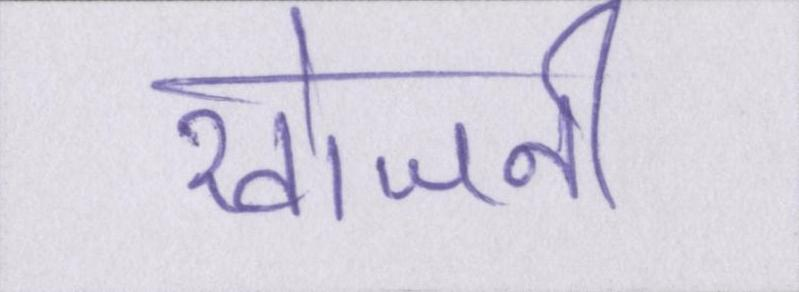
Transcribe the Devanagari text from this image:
खोजनी